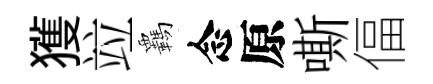
獲竝覊念原嘶偪